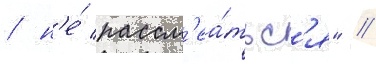
/ н'е́ рассм'еа́тьс'я" //